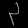
Digit: ၃